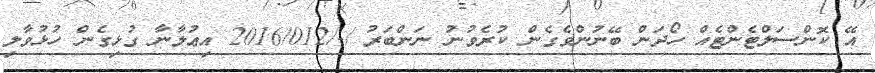
އޭ ކޮންސަލްޓެންޓެއް ހޯދަން ބޭނުންވެގެން ކުރެވުނު ނަންބަރު /-/2016/012 އިޢުލާނާ ގުޅިގެން ހުޅުވާލި